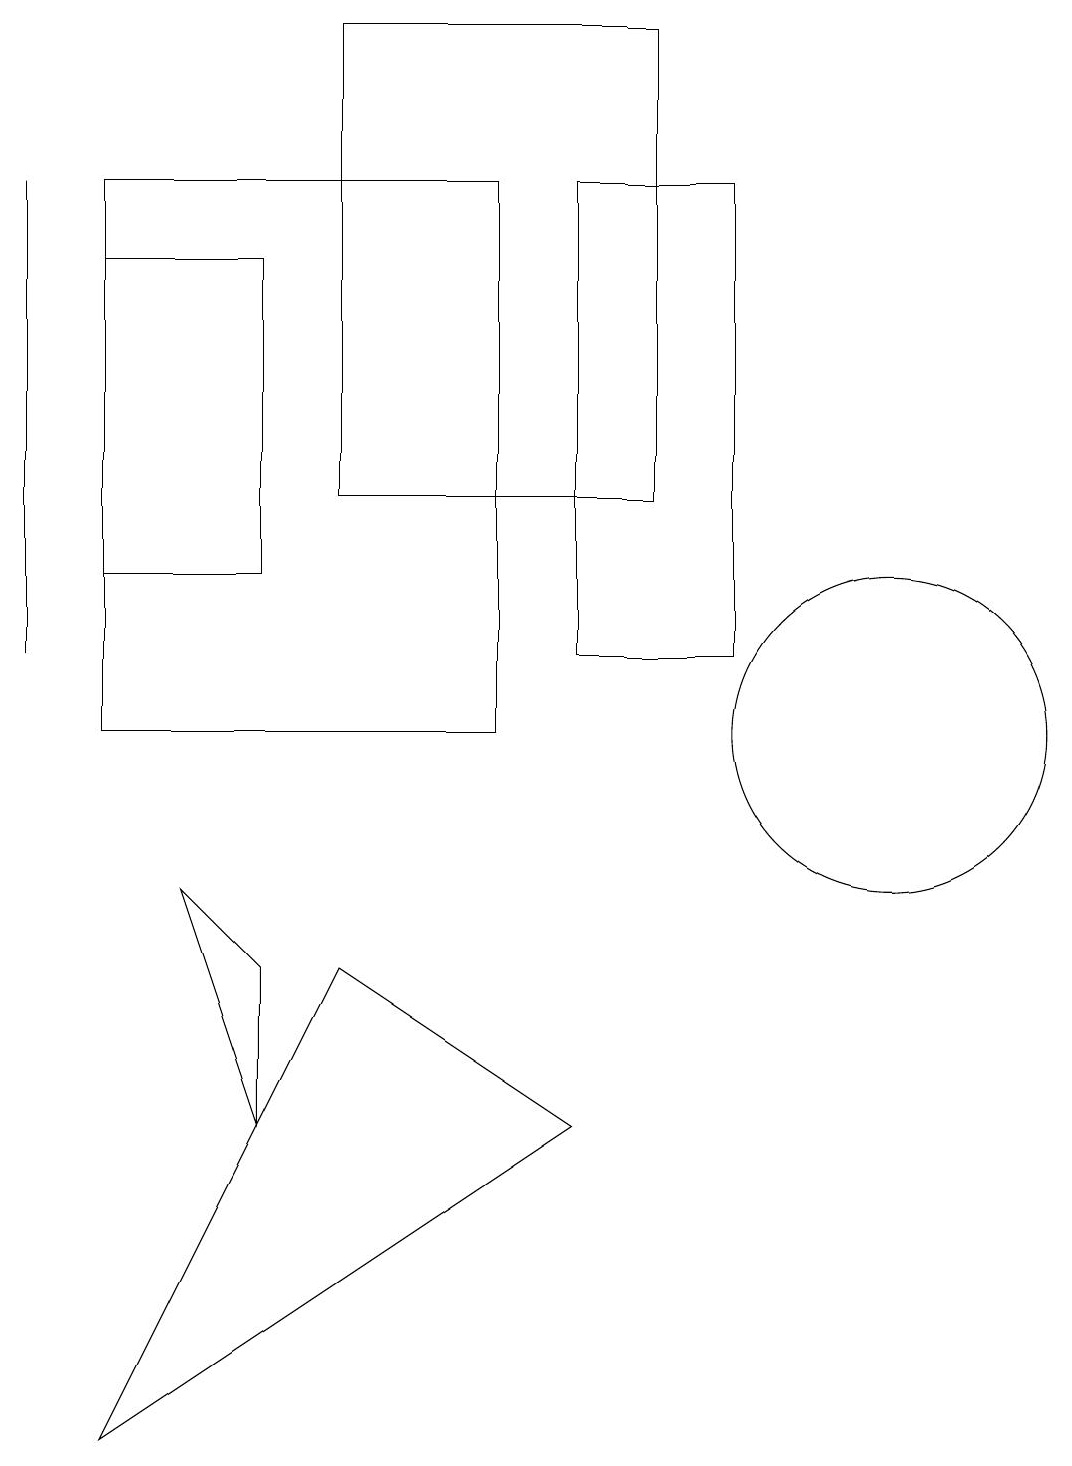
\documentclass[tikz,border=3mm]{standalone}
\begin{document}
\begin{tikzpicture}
\draw (0,11) rectangle (0,17);
\draw (9,11) rectangle (7,17);
\draw (7,5) -- (4,7) -- (1,1) -- cycle;
\draw (11,10) circle (2);
\draw (8,13) rectangle (4,19);
\draw (1,17) rectangle (6,10);
\draw (3,7) -- (3,5) -- (2,8) -- cycle;
\draw (1,12) rectangle (3,16);
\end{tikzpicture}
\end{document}